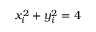
x _ { i } ^ { 2 } + y _ { i } ^ { 2 } = 4